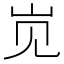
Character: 𱛊